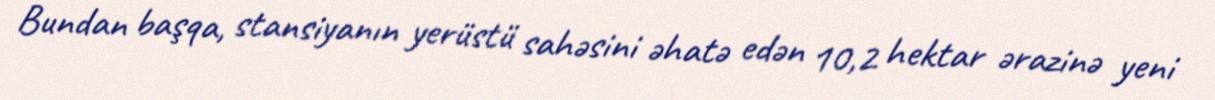
Bundan başqa, stansiyanın yerüstü sahəsini əhatə edən 10,2 hektar ərazinə yeni